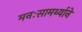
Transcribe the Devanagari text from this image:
मनःसामर्थ्याने